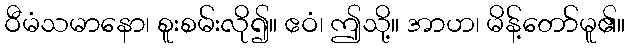
ဝီမံသမာနော၊ စူးစမ်းလို၍။ ဧဝံ၊ ဤသို့။ အာဟ၊ မိန့်တော်မူ၏။